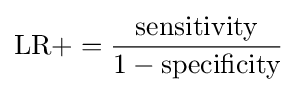
{\text{LR}}+={\frac {\text{sensitivity}}{1-{\text{specificity}}}}